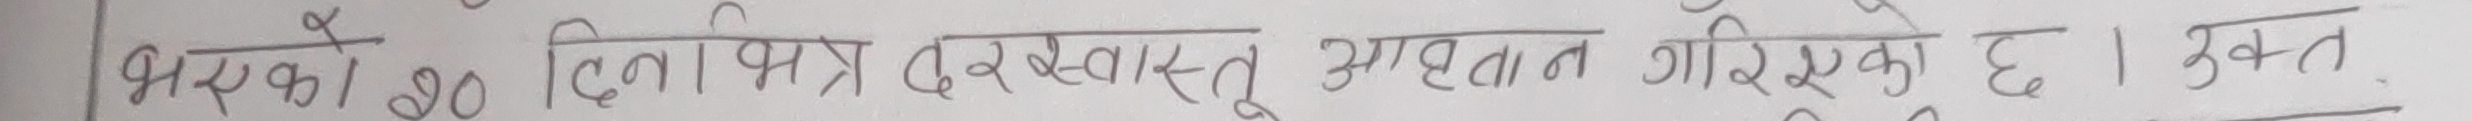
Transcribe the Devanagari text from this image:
भएको ४० दिलोभित्र दरखास्त आह्वान गरिएको छ । उक्त